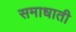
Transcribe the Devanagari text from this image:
समाधाती